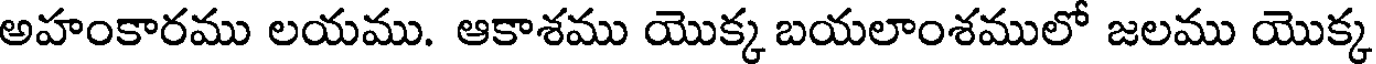
అహంకారము లయము. ఆకాశము యొక్క బయలాంశములో జలము యొక్క